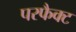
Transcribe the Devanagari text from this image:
परफैक्ट